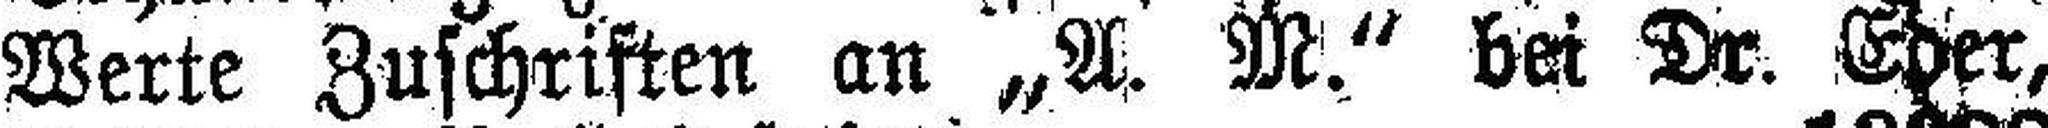
Werte Zuschriften an „A. M.“ bei Dr. Eder,